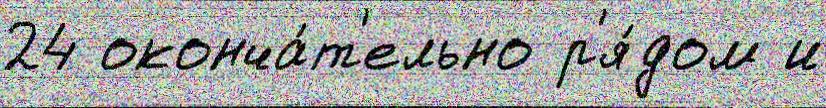
24 оконча́т'ельно р'я́дом и